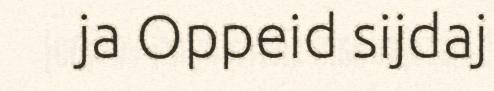
ja Oppeid sijdaj